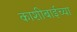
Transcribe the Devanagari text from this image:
काशीबाईच्या